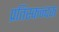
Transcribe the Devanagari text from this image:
प्रतिस्कन्दक